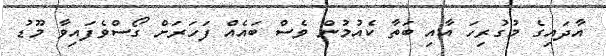
އާދައިގެ މުގުރިހަ އާއި ބަތާ ކެއުމުން ވެސް ބައެއް ފަހަރަށް ގޯސްވެފައިވާ މޫޑު